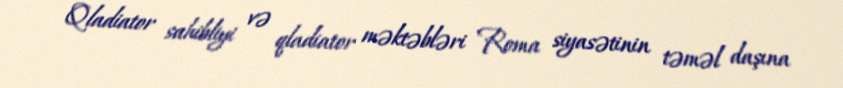
Qladiator sahibliyi və qladiator məktəbləri Roma siyasətinin təməl daşına